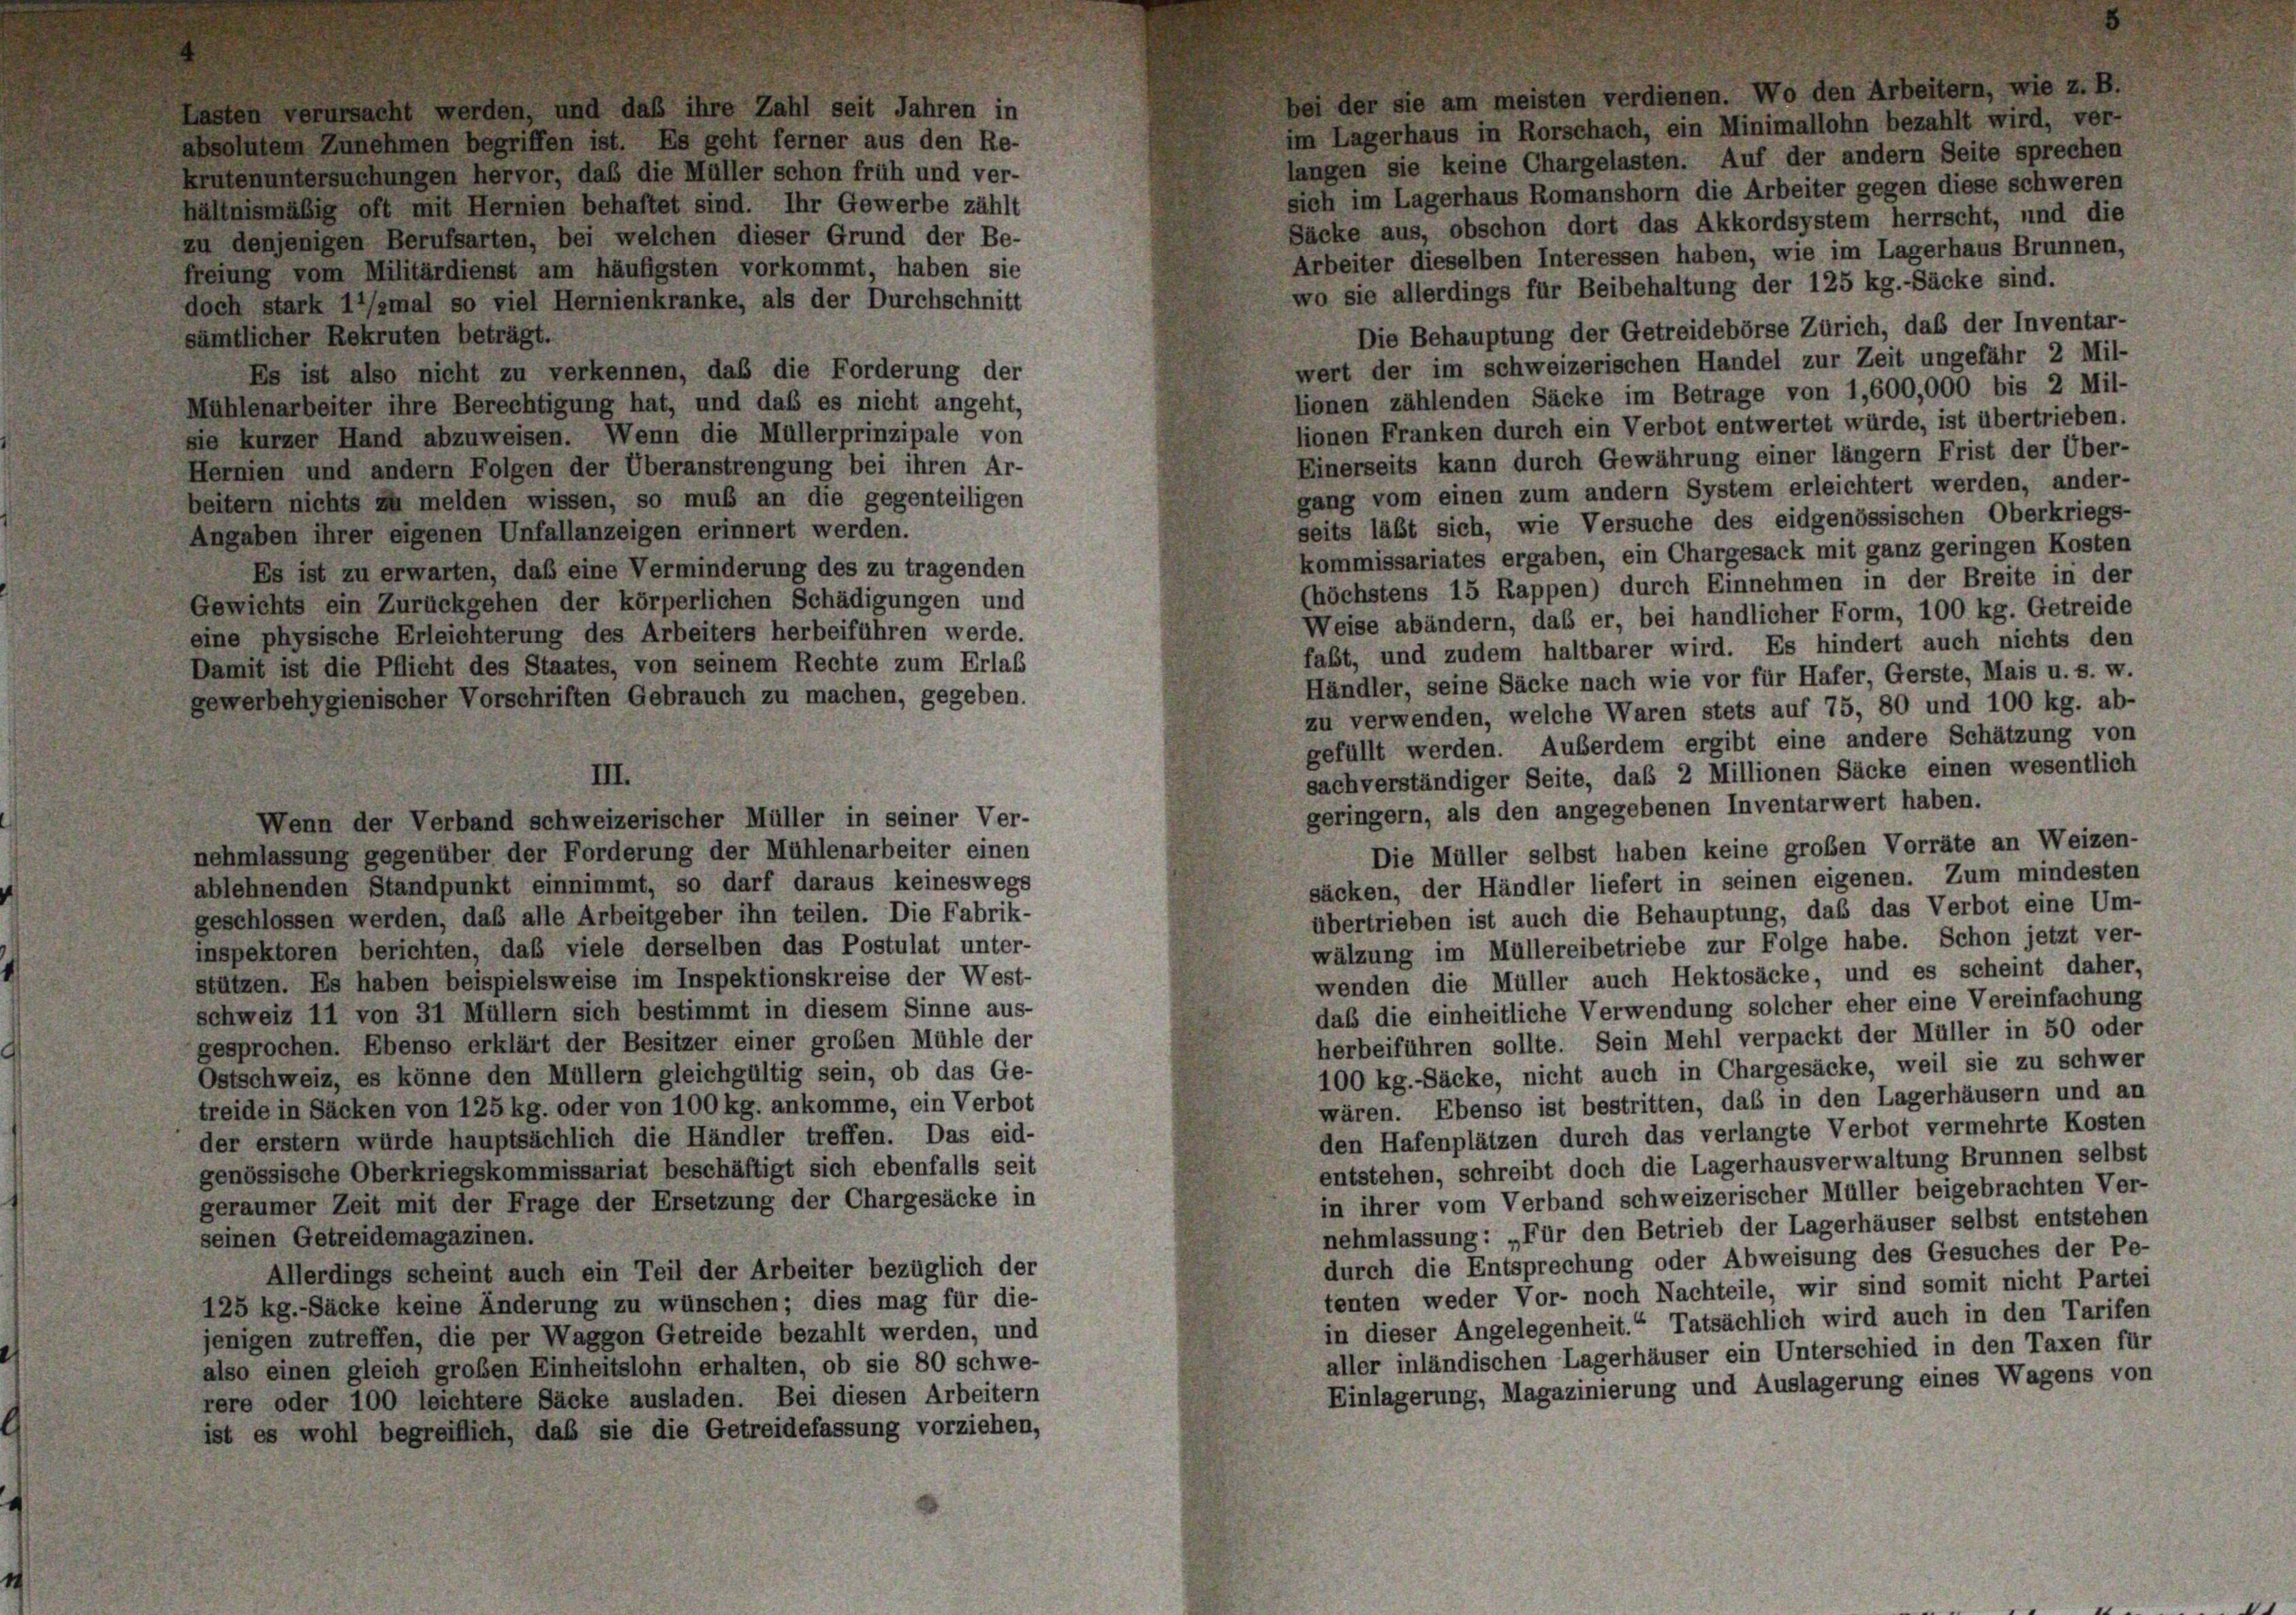
doch stark 1’/smal so viel Hernienkranke, als der Durchschnitt

zu denjenigen Berufsarten, bei welchen dieser Grund der Be-
freiung vom Militärdienst am häufigsten vorkommt, haben sie

Zahl seit Jahren in

.

Vo

n Arbeitern, wie z.

absolutem Zunehmen begriffen ist. Es geht ferner aus den Re-
langen sie keine Chargelasten. Auf der andern Seite sprechen
krutenuntersuchungen hervor, daß die Müller schon früh und ver-
sich im Lagerhaus Romanshorn die Arbeiter gegen diese schweren
hältnismäßig oft mit Hernien behaftet sind. Ihr Gewerbe zählt
Säcke aus, obschon dort das Akkordsystem herrscht, und die
Arbeiter dieselben Interessen haben, wie im Lagerhaus Brunnen,
wo sie allerdings für Beibehaltung der 125 kg.-Säcke sind.
Die Behauptung der Getreidebörse Zürich, daß der Inventar-
sämtlicher Rekruten beträgt.
wert der im schweizerischen Handel zur Zeit ungefähr 2 Mil-
Es ist also nicht zu verkennen, daß die Forderung der
lionen zählenden Säcke im Betrage von 1,600,000 bis 2 Mil-
Mühlenarbeiter ihre Berechtigung hat, und das es nicht angeht,
lionen Franken durch ein Verbot entwertet würde, ist übertrieben.
sie kurzer Hand abzuweisen. Wenn die Müllerprinzipale von
Einerseits kann durch Gewährung einer länger Frist der Über-
Hernien und andern Folgen der Überanstrengung bei ihren Ar-
gang vom einen zum andern System erleichtert werden, ander-
beitern nichts zu melden wissen, so muß an die gegenteiligen
seits läßt sich, wie Versuche des eidgenössischen Oberkriegs-
Angaben ihrer eigenen Unfallanzeigen erinnert werden.
kommissariates ergaben, ein Chargesack mit ganz geringen Kosten
Es ist zu erwarten, daß eine Verminderung des zu tragenden
(höchstens 15 Rappen) durch Einnehmen in der Breite in der
Gewichts ein Zurückgehen der körperlichen Schädigungen und
Weise abändern, daß er, bei handlicher Form, 100 kg. Getreide
eine physische Erleichterung des Arbeiters herbeiführen werde.
faßt, und zudem haltbarer wird. Es hindert auch nichts den
Damit ist die Pflicht des Staates, von seinem Rechte zum Erlaß
Händler, seine Säcke nach wie vor für Hafer, Gerste, Mais u. s. w.
gewerbehygienischer Vorschriften Gebrauch zu machen, gegeben.
zu verwenden, welche Waren stets auf 75, 80 und 100 kg. ab-
gefüllt werden. Außerdem ergibt eine andere Schätzung von
sachverständiger Seite, das 2 Millionen Säcke einen wesentlich
III.
geringern, als den angegebenen Inventarwert haben.
Wenn der Verband schweizerischer Müller in seiner Ver-
Die Müller selbst haben keine großen Vorräte an Weizen-
nehmlassung gegenüber der Forderung der Mühlenarbeiter einen
säcken, der Händler liefert in seinen eigenen. Zum mindesten
ablehnenden Standpunkt einnimmt, so darf daraus keineswegs
übertrieben ist auch die Behauptung, daß das Verbot eine Um-
geschlossen werden, daß alle Arbeitgeber ihn teilen. Die Fabrik-
wälzung im Müllereibetriebe zur Folge habe. Schon jetzt ver-
inspektoren berichten, daß viele derselben das Postulat unter-
wenden die Müller auch Hektosäcke, und es scheint daher,
stützen. Es haben beispielsweise im Inspektionskreise der West-
daß die einheitliche Verwendung solcher eher eine Vereinfachung
Schweiz 11 von 31 Müllern sich bestimmt in diesem Sinne aus-
herbeiführen sollte. Sein Mehl verpackt der Müller in 50 oder
gesprochen. Ebenso erklärt der Besitzer einer großen Mühle der
100 kg.-Säcke, nicht auch in Chargesäcke, weil sie zu schwer
Ostschweiz, es könne den Müllern gleichgültig sein, ob das Ge-
wären. Ebenso ist bestritten, das in den Lagerhäusern und an
treide in Säcken von 125 kg. oder von 100 kg. ankomme, ein Verbot
den Hafenplätzen durch das verlangte Verbot vermehrte Kosten
der erstem würde hauptsächlich die Händler treffen. Das eid-
entstehen, schreibt doch die Lagerhausverwaltung Brunnen selbst
genössische Oberkriegskommissariat beschäftigt sich ebenfalls seit
in ihrer vom Verband schweizerischer Müller beigebrachten Ver-
geraumer Zeit mit der Frage der Ersetzung der Chargesäcke in
nehmlassung: „Für den Betrieb der Lagerhäuser selbst entstehen
seinen Getreidemagazinen.
durch die Entsprechung oder Abweisung des Gesuches der Pe-
Allerdings scheint auch ein Teil der Arbeiter bezüglich der
tenten weder Vor- noch Nachteile, wir sind somit nicht Partei
125 kg.-Säcke keine Änderung zu wünschen; dies mag für die-
in dieser Angelegenheit.“ Tatsächlich wird auch in den Tarifen
jenigen zutreffen, die per Waggon Getreide bezahlt werden, und
aller inländischen Lagerhäuser ein Unterschied in den Taxen für
also einen gleich großen Einheitslohn erhalten, ob sie 80 schwe-
Einlagerung, Magazinierung und Auslagerung eines Wagens von
rere oder 100 leichtere Säcke ausladen. Bei diesen Arbeitern
ist es wohl begreiflich, daß sie die Getreidefassung vorziehen,